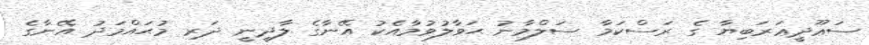
ސަޢޫދީޢަރަބިޔާ ގެ ރަސްކަމާ ސަލްމާނު ޙަވާލުވުމާއެކު އޭނާގެ ލާދީނީ ދަރި މުޙައްމަދު އޭނާގެ